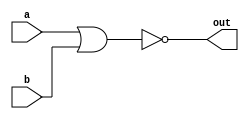
module top_module( 
    input a, 
    input b, 
    output out );

    assign out=~(a|b);// not + or = nor
endmodule